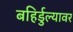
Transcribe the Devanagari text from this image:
बहिर्डुल्यावर